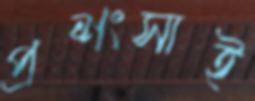
প্রশংসাই